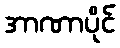
အာဏာပိုင်